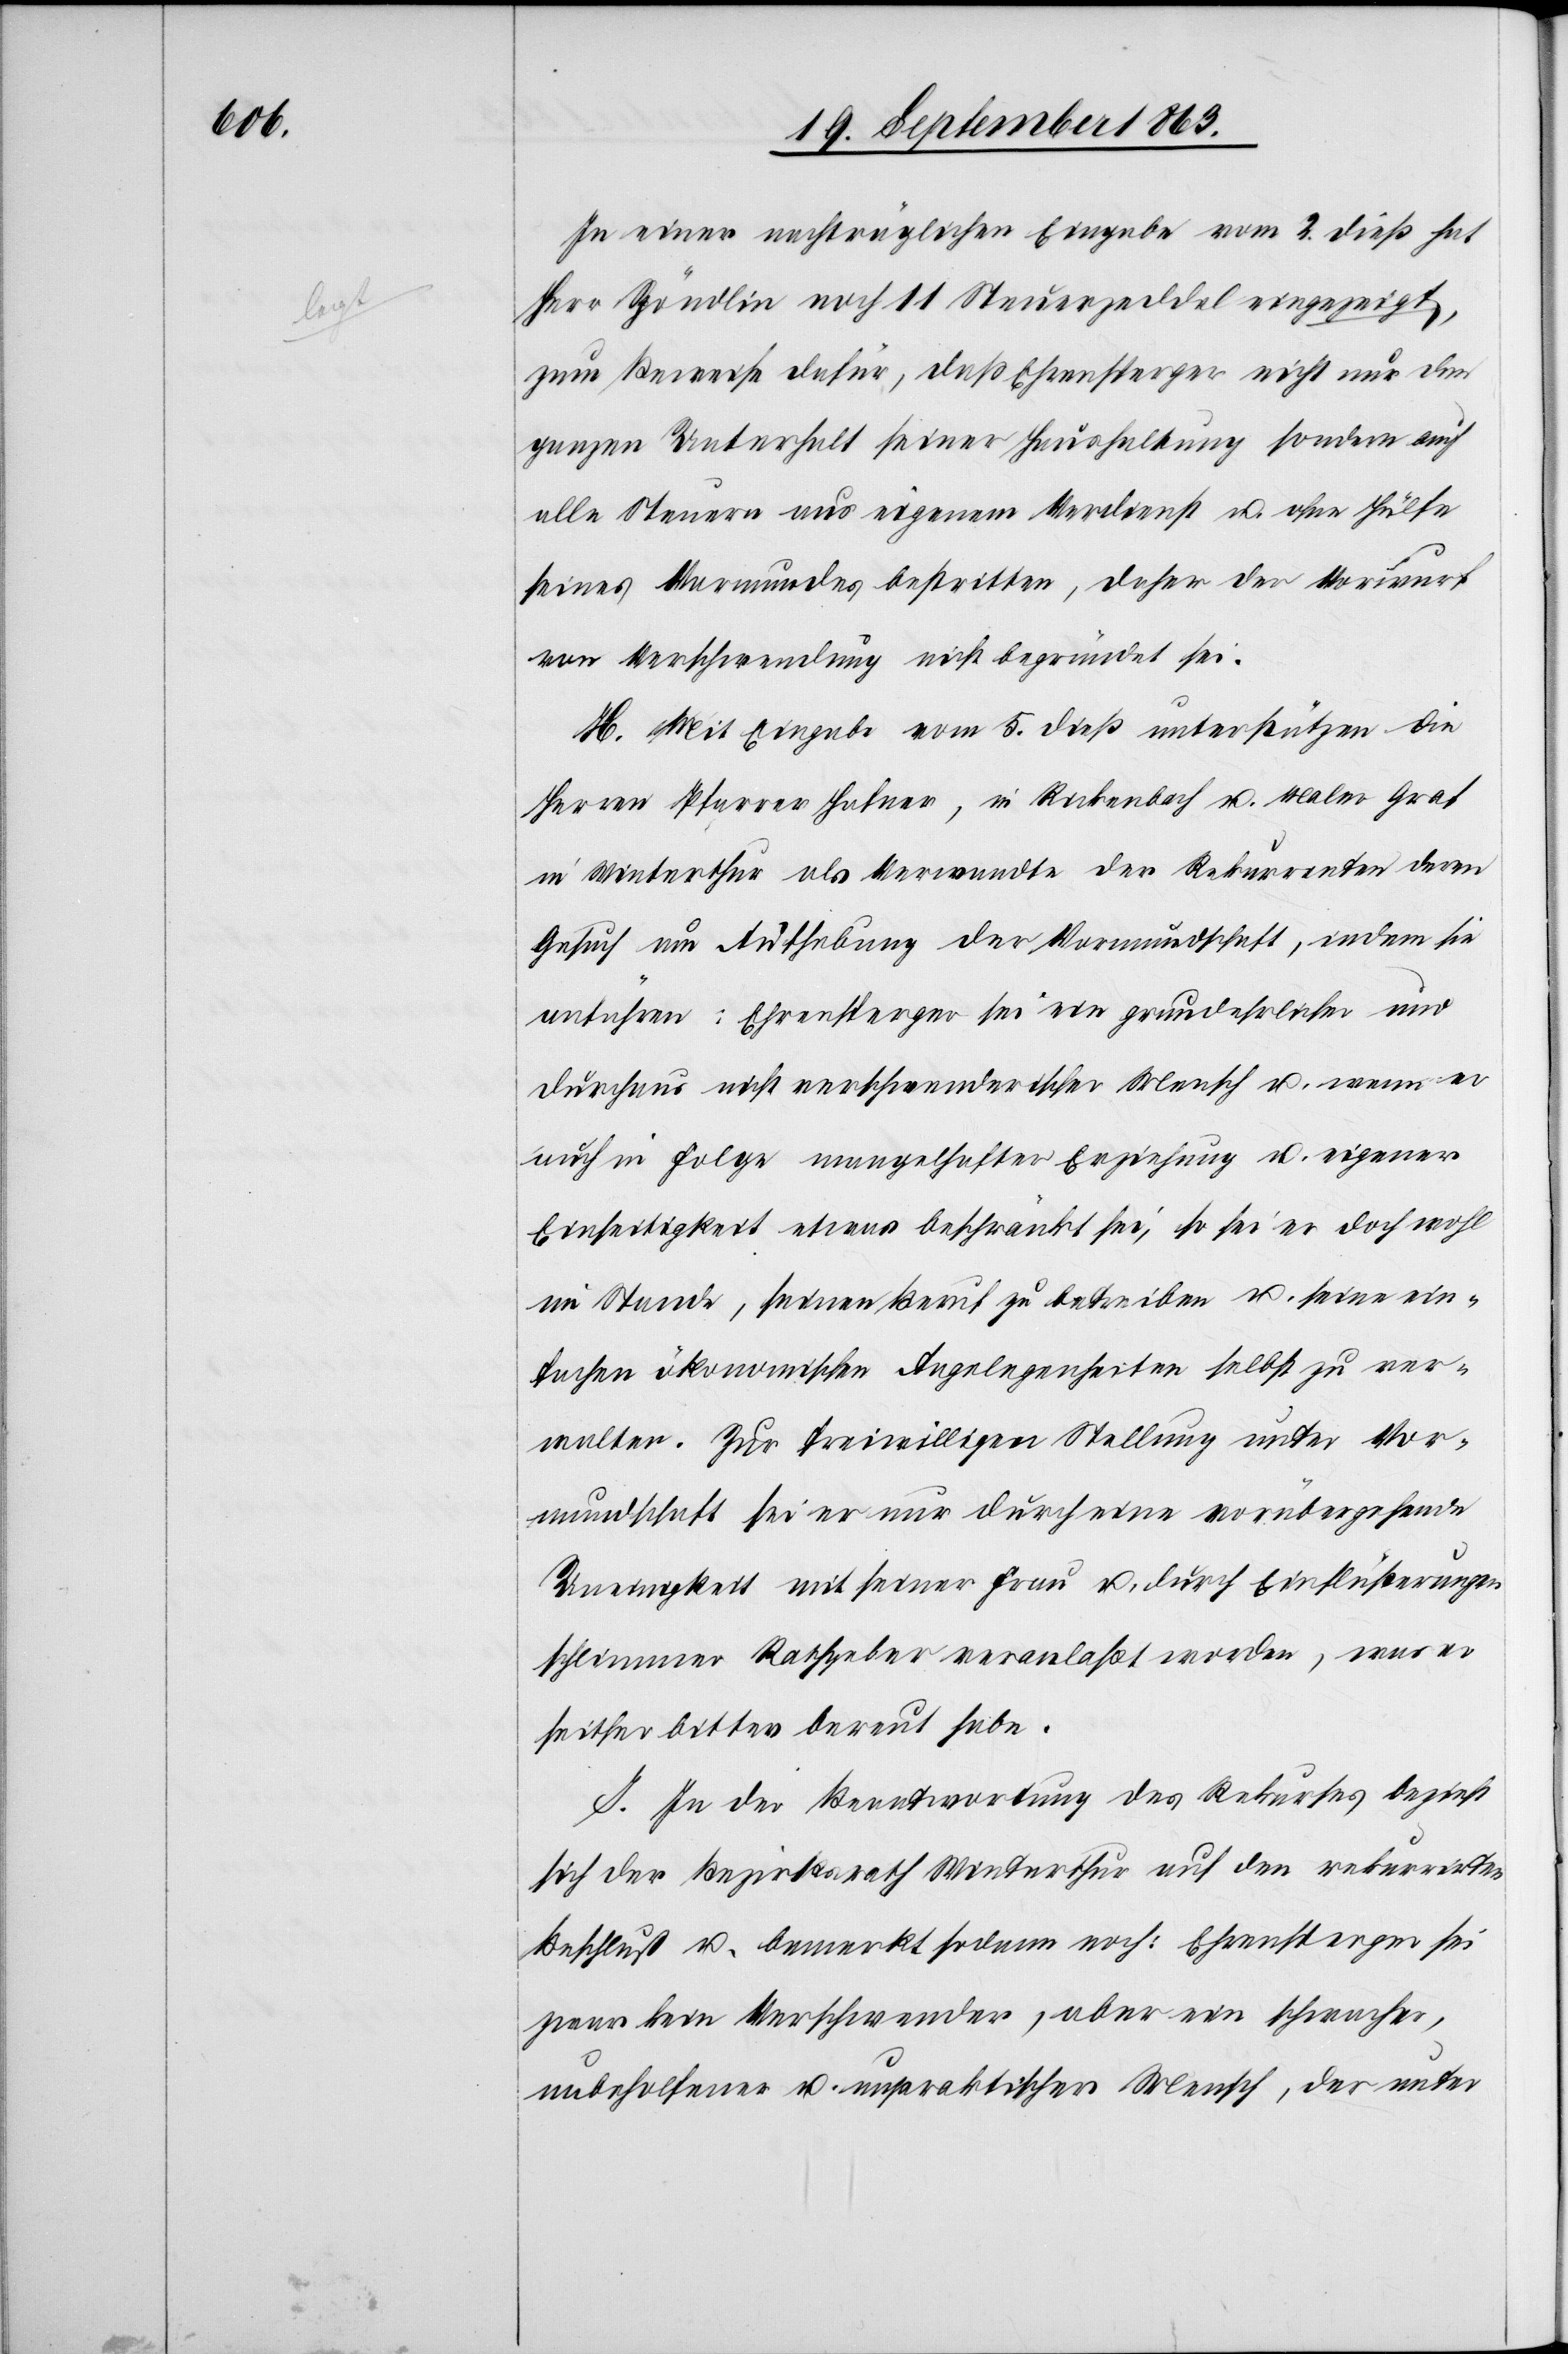
In einer nachträglichen Eingabe vom 2. dieß hat
Herr Spöndlin noch 11 Steuerzeddel a-eingezeigt
zum Beweise dafür, daß Ehrensperger nicht nur den
ganzen Unterhalt seiner Haushaltung sondern auch
alle Steuern aus eigenem Verdienst u. ohne Hülfe
seines Vormundes bestritten, daher der Vorwurf
von Verschwendung nicht begründet sei.
H. Mit Eingabe vom 5. dieß unterstützen die
Herren Pfarrer Hafner, in Rickenbach u. Maler Graf
in Winterthur als Verwandte der Rekurrirten deren
Gesuch um Aufhebung der Vormundschaft, indem sie
anführen: Ehrensperger sei ein grundehrlicher und
durchaus nicht verschwenderischer Mensch u. wenn er
auch in Folge mangelhafter Erziehung u. eigener
Einseitigkeit etwas beschränkt sei, so sei er doch wohl
im Stande, seinen Beruf zu betreiben u. seine ein¬
fachen ökonomischen Angelegenheiten selbst zu ver¬
walten. Zur freiwilligen Stellung unter Vor¬
mundschaft sei er nur durch eine vorübergehende
Uneinigkeit mit seiner Frau u. durch Einflüsterungen
schlimmer Rathgeber veranlaßt worden, was er
seither bitter bereut habe.
I. In der Beantwortung des Rekurses bezieht
sich der Bezirksrath Winterthur auf den rekurrirten
Beschluß u. bemerkt sodann noch: Ehrensperger sei
zwar kein Verschwender, aber ein schwacher,
unbeholfener u. unpraktischer Mensch, der unter